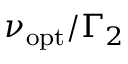
\nu _ { \mathrm { o p t } } / \Gamma _ { 2 }